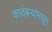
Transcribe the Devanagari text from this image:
कादंबऱ्यांमधून